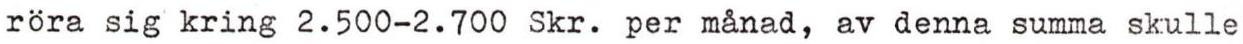
röra sig kring 2.500-2.700 Skr. per månad, av denna summa skulle